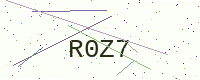
Text: R0Z7